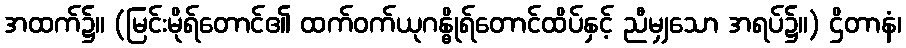
အထက်၌။ (မြင်းမိုရ်တောင်၏ ထက်ဝက်ယုဂန္ဓိုရ်တောင်ထိပ်နှင့် ညီမျှသော အရပ်၌။) ဌိတာနံ၊